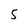
Character: 5